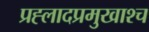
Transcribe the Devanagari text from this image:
प्रह्लादप्रमुखाश्च